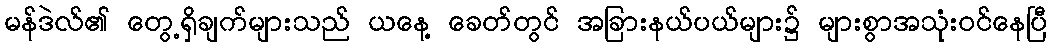
မန်ဒဲလ်၏ တွေ့ရှိချက်များသည် ယနေ့ ခေတ်တွင် အခြားနယ်ပယ်များ၌ များစွာအသုံးဝင်နေပြီ